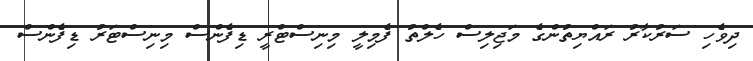
ދިވެހި ސަރުކާރު ރައްޔިތުންގެ މަޖިލިސް ހެލްތު ފެމިލީ މިނިސްޓްރީ ޑިފެންސް މިނިސްޓަރު ޑިފެންސް